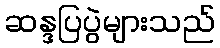
ဆန္ဒပြပွဲများသည်